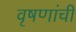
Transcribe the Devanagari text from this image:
वृषणांची